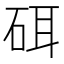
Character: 𰦳